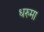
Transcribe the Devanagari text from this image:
धरुमा